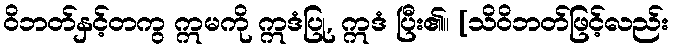
ဝိဘတ်နှင့်တကွ ဣမကို ဣဒံပြု, ဣဒံ ပြီး၏။ [သိဝိဘတ်ဖြင့်လည်း